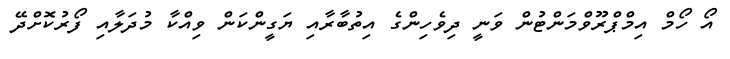
އޯ ހޯމް އިމްޕްރޫވްމަންޓުން ވަނީ ދިވެހިންގެ އިތުބާރާއި ޔަގީންކަން ވިއްކާ މުދަލާއި ފޯރުކޮށްދޭ